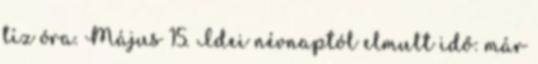
tíz óra. Május 15. Idei névnaptól elmult idő: már